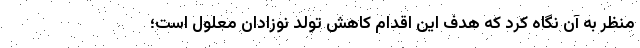
منظر به آن نگاه کرد که هدف این اقدام کاهش تولد نوزادان معلول است؛